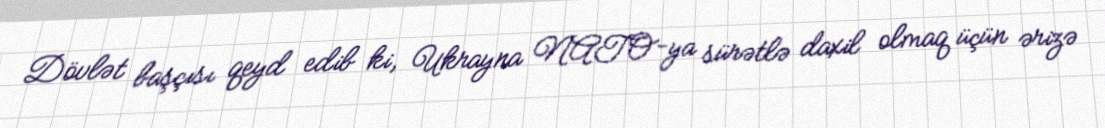
Dövlət başçısı qeyd edib ki, Ukrayna NATO-ya sürətlə daxil olmaq üçün ərizə